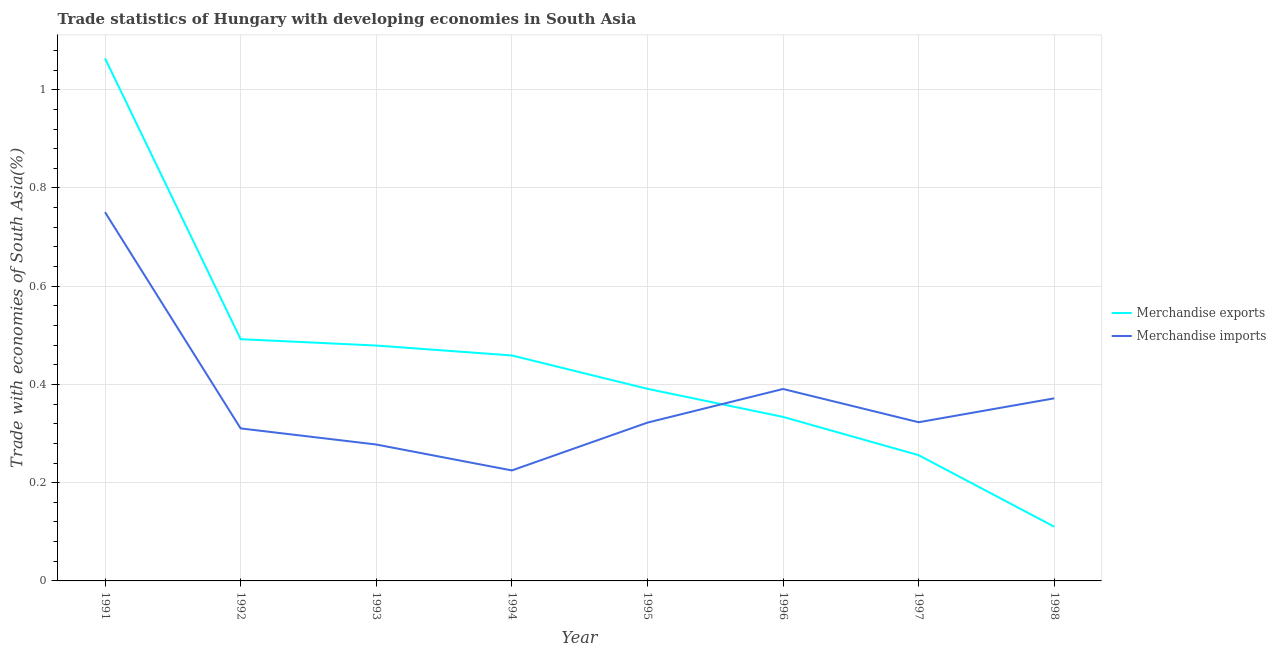
| Year | Merchandise exports | Merchandise imports |
 | --- | --- | --- |
 | 1991 | 1.06 | 0.751 |
 | 1992 | 0.492 | 0.311 |
 | 1993 | 0.479 | 0.278 |
 | 1994 | 0.459 | 0.225 |
 | 1995 | 0.391 | 0.322 |
 | 1996 | 0.334 | 0.391 |
 | 1997 | 0.256 | 0.323 |
 | 1998 | 0.11 | 0.372 |